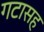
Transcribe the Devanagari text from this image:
गटासह